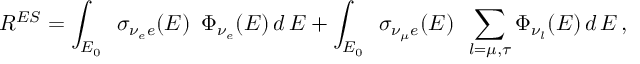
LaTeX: R ^ { E S } = \int _ { E _ { 0 } } \, ~ \sigma _ { \nu _ { e } e } ( E ) \, ~ \Phi _ { \nu _ { e } } ( E ) \, d \, E + \int _ { E _ { 0 } } \, ~ \sigma _ { \nu _ { \mu } e } ( E ) \, ~ \sum _ { l = \mu , \tau } \Phi _ { \nu _ { l } } ( E ) \, d \, E \, ,